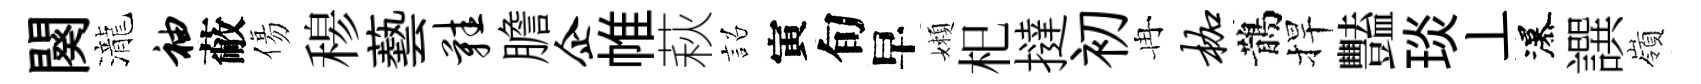
闋瀧袖蔽傷𥠇藝鞋膽企帷萩詔寅旬早嬾𣏌撻初冉枷鵲捍豔琰丄瀑譔嶺